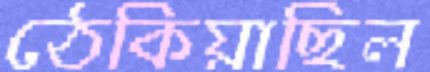
ঠেকিয়াছিল